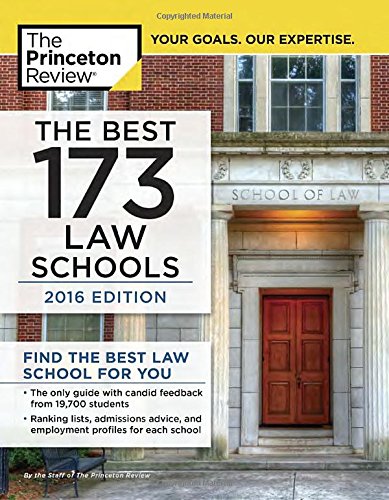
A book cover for The Best 173 Law Schools, 2016 Edition; Princeton Review; Education & Teaching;